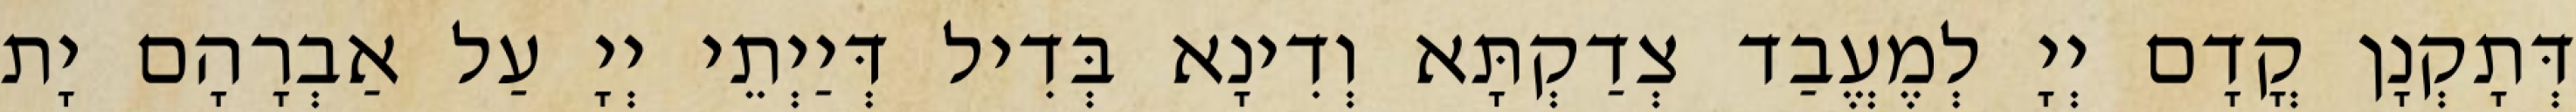
דְּתָקְנָן קֳדָם יְיָ לְמֶעֱבַד צְדַקְתָּא וְדִינָא בְּדִיל דְּיַיְתֵי יְיָ עַל אַבְרָהָם יָת